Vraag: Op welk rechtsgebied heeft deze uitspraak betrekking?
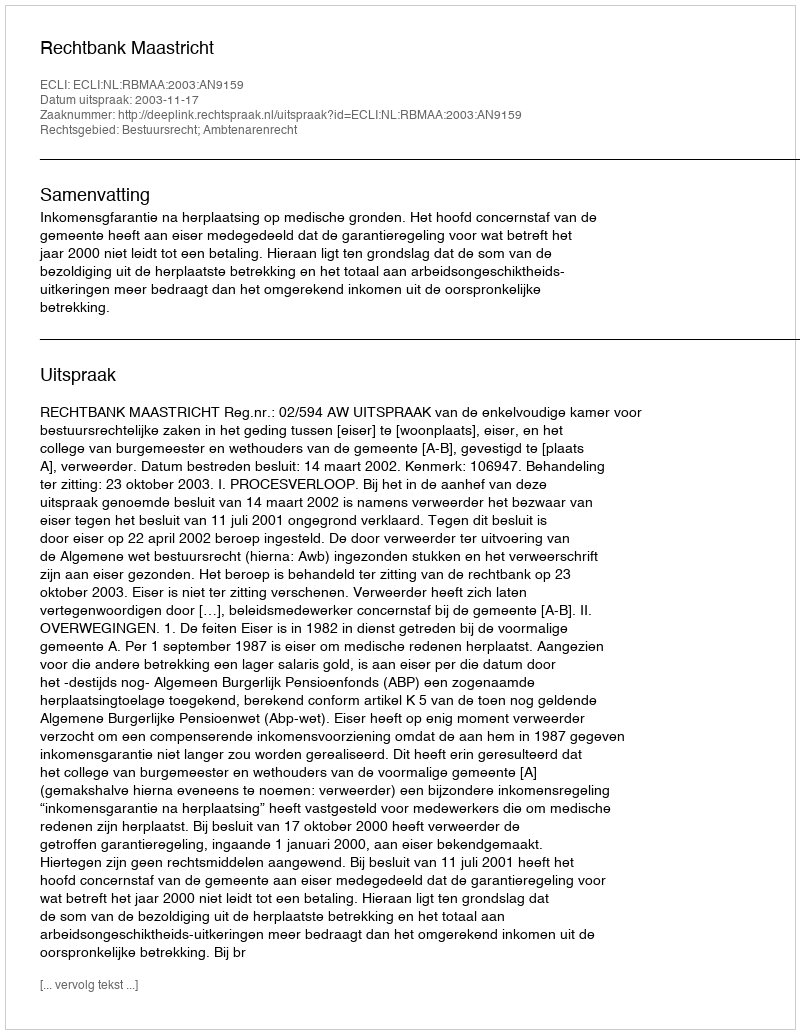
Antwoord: Bestuursrecht; Ambtenarenrecht